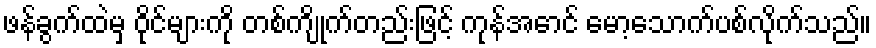
ဖန်ခွက်ထဲမှ ဝိုင်များကို တစ်ကျိုက်တည်းဖြင့် ကုန်အောင် မော့သောက်ပစ်လိုက်သည်။